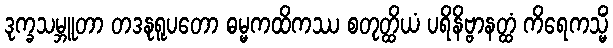
ဒုက္ခသမ္ဘူတာ တဒနုရူပတော ဓမ္မကထိကဿ စတုတ္ထိယံ ပရိနိဗ္ဗာနတ္ထံ ကိရေကသ္မိံ